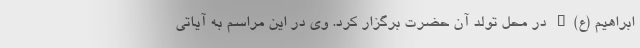
ابراهیم (ع)" در محل تولد آن حضرت برگزار کرد. وی در این مراسم به آیاتی